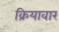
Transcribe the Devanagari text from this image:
क्रियावार